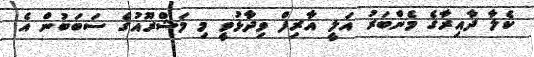
ކެލާ ދާއިރާގެ މެންބަރު އަލީ އާރިފް ވިދާޅުވީ މި މަޝްރޫއުގެ ސަބަބުން އެ